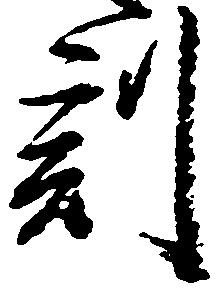
刻